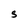
Character: S